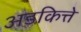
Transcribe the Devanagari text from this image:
अडकित्ते